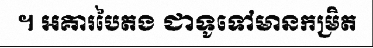
។ អគារបៃតង ជាទូទៅមានកម្រិត